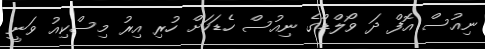
ނިއުސް އޮފް ދަ ވޯލްޑްގެ ނިއުސް ހެޑަކަށް ހުރި އިރު މިސްކިއު ވަނީ